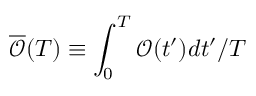
\overline { { \mathcal O } } ( T ) \equiv \int _ { 0 } ^ { T } { \mathcal O } ( t ^ { \prime } ) d t ^ { \prime } / T